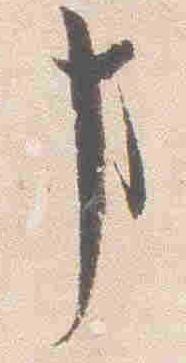
事